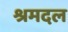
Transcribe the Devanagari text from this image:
श्रमदल